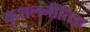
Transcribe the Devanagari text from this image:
कुशलनीतिज्ञ